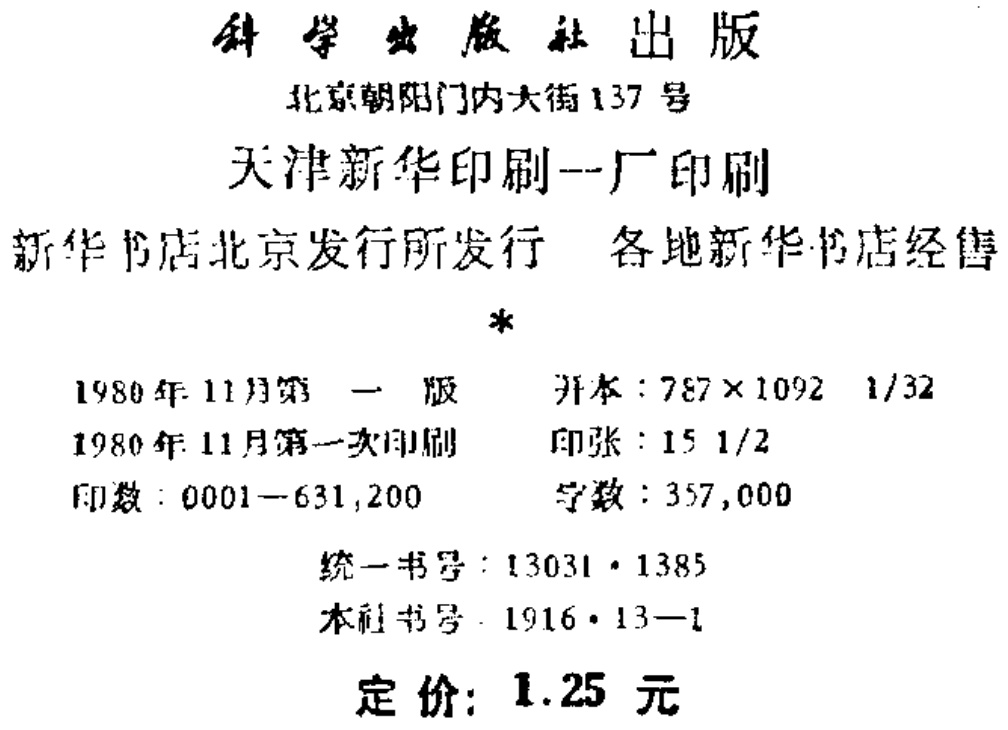
科学出版社出版

北京朝阳门内大街137号

天津新华印刷一厂印刷

新华书店北京发行所发行 各地新华书店经售

\*

1980年11月第一版 开本：787×1092 1/32

1980年11月第一次印刷 印张：15 1/2

印数：0001—631,200 字数：357,000

统一书号：13031·1385

本社书号：1916·13—1

定价：1.25元